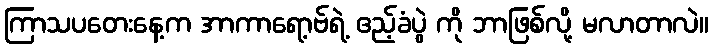
ကြာသပတေးနေ့က အာကာရော့ဗ်ရဲ့ ဧည့်ခံပွဲ ကို ဘာဖြစ်လို့ မလာတာလဲ။